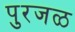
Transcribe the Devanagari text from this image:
पुरजळ